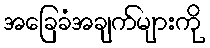
အခြေခံအချက်များကို